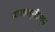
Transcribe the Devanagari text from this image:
वाराण्सीस्थ